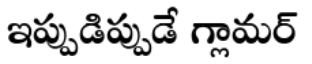
ఇప్పుడిప్పుడే గ్లామర్